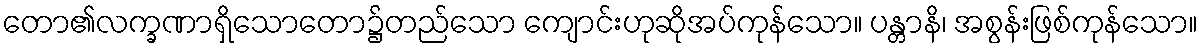
တော၏လက္ခဏာရှိသောတော၌တည်သော ကျောင်းဟုဆိုအပ်ကုန်သော။ ပန္တာနိ၊ အစွန်းဖြစ်ကုန်သော။